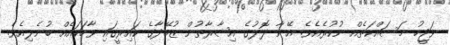
ވަޖީހު މަސައްކަތެއް ނުކުރެއެވެ. އޭނާ ލޮލުގެ އިޝާރާތުން ޒުބޭދާގެ ކައިރީގައި ވާހަކައެއް ބުނެލިއެވެ.